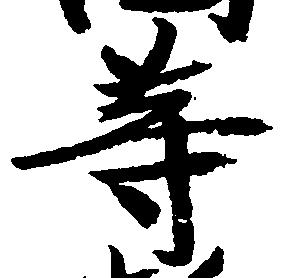
等